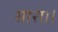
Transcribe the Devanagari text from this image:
सारा।।